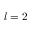
l = 2